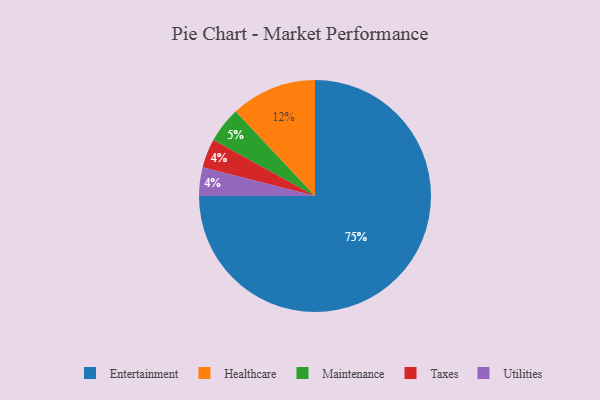
{"axis": {"x": "Category", "y": "Percentage"}, "legend": ["Entertainment", "Healthcare", "Maintenance", "Taxes", "Utilities"], "data": [{"x": "Taxes", "y": 4, "type": "Taxes"}, {"x": "Maintenance", "y": 5, "type": "Maintenance"}, {"x": "Entertainment", "y": 75, "type": "Entertainment"}, {"x": "Utilities", "y": 4, "type": "Utilities"}, {"x": "Healthcare", "y": 12, "type": "Healthcare"}]}